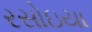
રસોઇયા